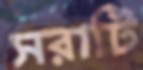
সরাটি